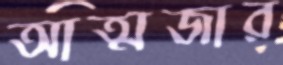
আত্মজার